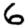
Digit: 6